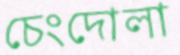
চেংদোলা